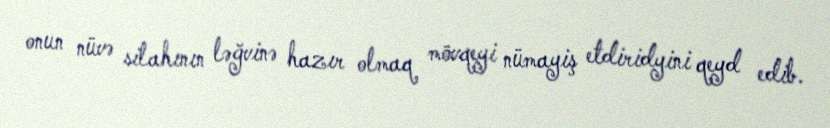
onun nüvə silahının ləğvinə hazır olmaq mövqeyi nümayiş etdiridyini qeyd edib.